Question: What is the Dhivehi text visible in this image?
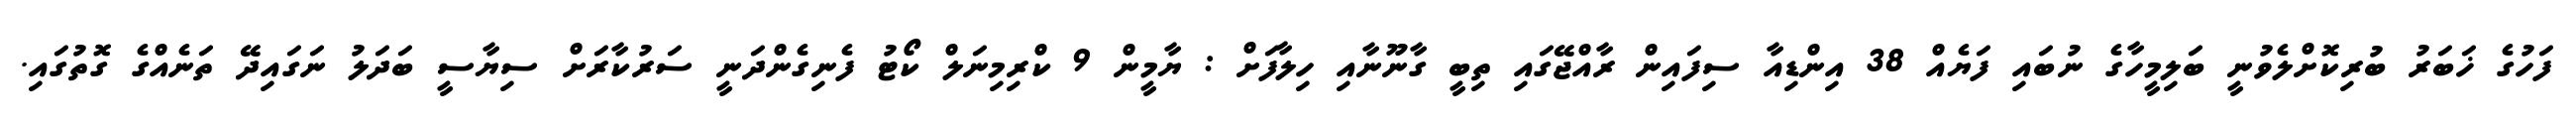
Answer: ފަހުގެ ޚަބަރު ބުރިކޮށްލެވުނީ ބަލިމީހާގެ ނުބައި ފަޔެއް 38 އިންޑިއާ ސިފައިން ރާއްޖޭގައި ތިބީ ގާނޫނާއި ހިލާފަށް : ޔާމީން 9 ކްރިމިނަލް ކޯޓު ފެނިގެންދަނީ ސަރުކާރަށް ސިޔާސީ ބަދަލު ނަގައިދޭ ތަނެއްގެ ގޮތުގައި.